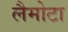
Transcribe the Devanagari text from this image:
लैमोटा